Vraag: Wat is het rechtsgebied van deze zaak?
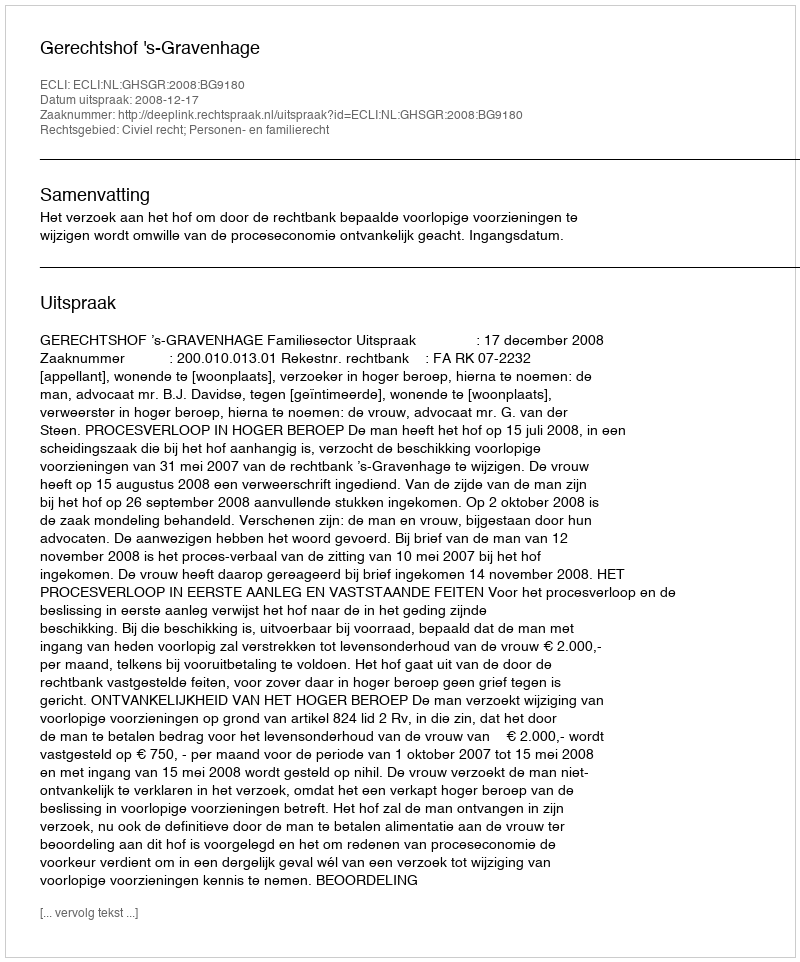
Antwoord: Civiel recht; Personen- en familierecht